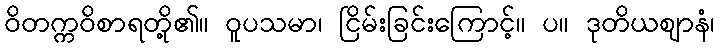
ဝိတက္ကဝိစာရတို့၏။ ဝူပသမာ၊ ငြိမ်းခြင်းကြောင့်။ ပ။ ဒုတိယဈာနံ၊